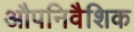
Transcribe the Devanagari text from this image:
औपनिवैशिक